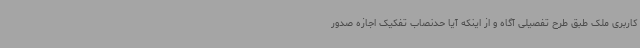
کاربری ملک طبق طرح تفصیلی آگاه و از اینکه آیا حدنصاب تفکیک اجازه صدور